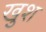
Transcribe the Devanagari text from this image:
खु़श